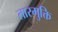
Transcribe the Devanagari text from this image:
तारमुक्ति